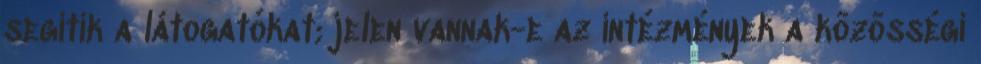
segítik a látogatókat; jelen vannak-e az intézmények a közösségi